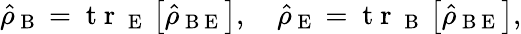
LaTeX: \hat{\rho}_{\mathrm{~B~}}=\mathrm{~t~r~}_{\mathrm{~E~}}\left[\hat{\rho}_{\mathrm{~B~E~}}\right],\quad\hat{\rho}_{\mathrm{~E~}}=\mathrm{~t~r~}_{\mathrm{~B~}}\left[\hat{\rho}_{\mathrm{~B~E~}}\right],